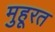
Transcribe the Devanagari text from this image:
मुहूरत